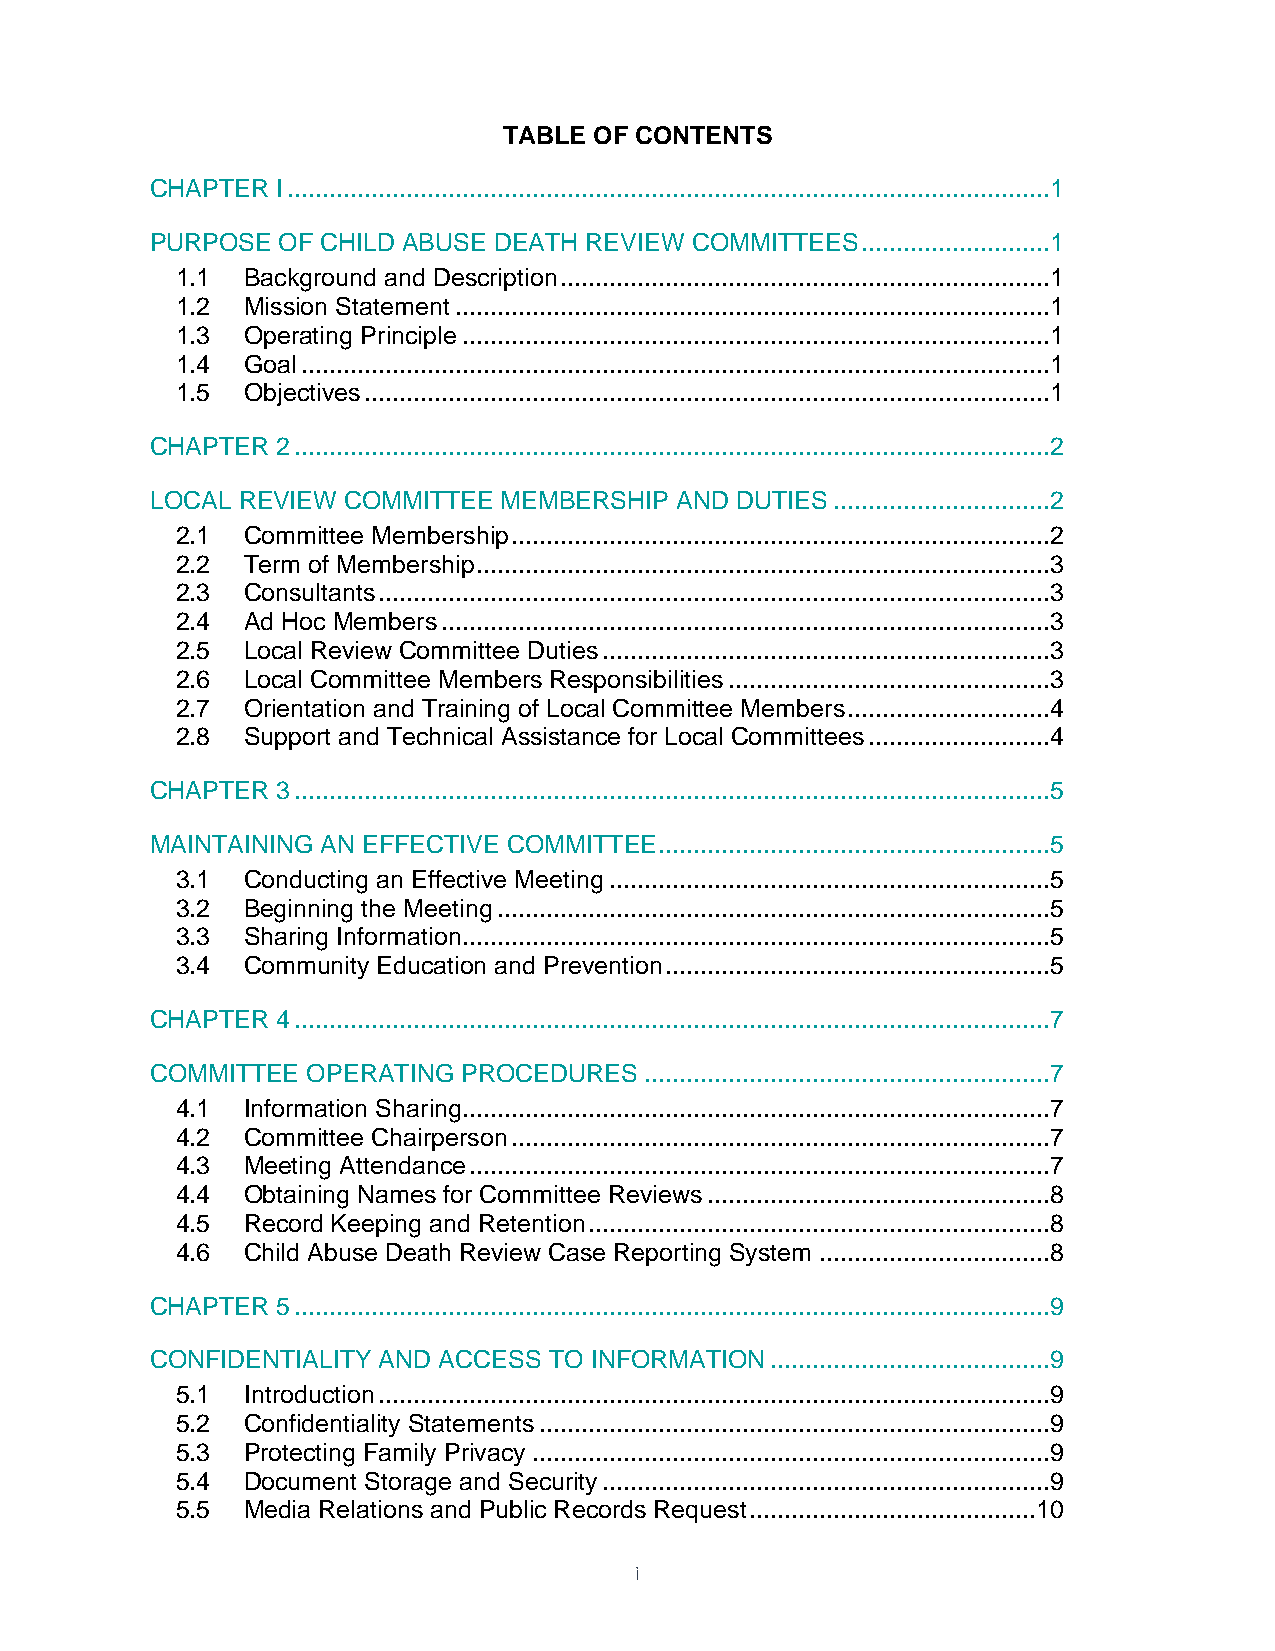
TABLE OF CONTENTS
 CHAPTER I .............................................................................................................1
 PURPOSE OF CHILD ABUSE DEATH REVIEW COMMITTEES ...........................1
 1.1 Background and Description ......................................................................1
 1.2 Mission Statement .....................................................................................1
 1.3 Operating Principle ....................................................................................1
 1.4 Goal ...........................................................................................................1
 1.5 Objectives ..................................................................................................1
 CHAPTER 2 ............................................................................................................2
 LOCAL REVIEW COMMITTEE MEMBERSHIP  AND DUTIES ...............................2
 2.1 Committee Membership .............................................................................2
 2.2 Term of Membership ..................................................................................3
 2.3 Consultants ................................................................................................3
 2.4 Ad Hoc Members .......................................................................................3
 2.5 Local Review Committee Duties ................................................................3
 2.6 Local Committee Members Responsibilities ..............................................3
 2.7 Orientation and Training of Local Committee Members .............................4
 2.8 Support and Technical Assistance for Local Committees ..........................4
 CHAPTER 3 ............................................................................................................5
 MAINTAINING AN EFFECTIVE COMMITTEE ........................................................5
 3.1 Conducting an Effective Meeting ...............................................................5
 3.2 Beginning the Meeting ...............................................................................5
 3.3 Sharing Information....................................................................................5
 3.4 Community Education and Prevention .......................................................5
 CHAPTER 4 ............................................................................................................7
 COMMITTEE OPERATING  PROCEDURES  ..........................................................7
 4.1 Information Sharing....................................................................................7
 4.2 Committee Chairperson .............................................................................7
 4.3 Meeting Attendance ...................................................................................7
 4.4 Obtaining Names for Committee Reviews .................................................8
 4.5 Record Keeping and Retention ..................................................................8
 4.6 Child Abuse Death Review Case Reporting System .................................8
 CHAPTER 5 ............................................................................................................9
 CONFIDENTIALITY AND ACCESS TO INFORMATION ........................................9
 5.1 Introduction ................................................................................................9
 5.2 Confidentiality Statements .........................................................................9
 5.3 Protecting Family Privacy ..........................................................................9
 5.4 Document Storage and Security ................................................................9
 5.5 Media Relations and Public Records Request ......................................... 10
 i